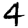
Digit: 4